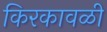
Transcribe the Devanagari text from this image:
किरकावळी